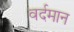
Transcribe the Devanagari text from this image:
वर्दमान